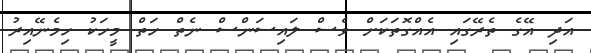
އަދި އޭގެ ތެރޭގައި އެއްގޮތަކަށް ވެސް ލައިސަންސް ނެތް ހަތް މީހަކު ހިމެނޭއިރު